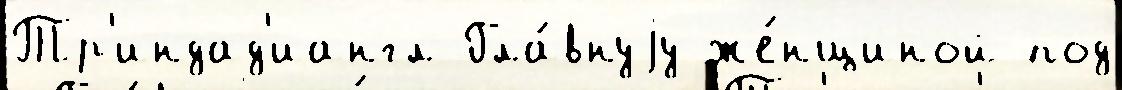
Тр'индад'иангл Гла́внуjу же́нщиной под